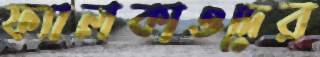
ফ্যালকাওদের